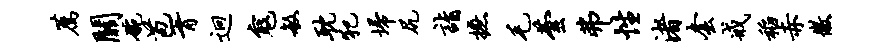
荐关碗苞胥迥寇敏耽犯埽尻诣摭毛芸弗性渚套戒稻赤徽